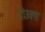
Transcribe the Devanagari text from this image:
डोउक्स